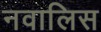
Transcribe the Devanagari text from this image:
नवालिस